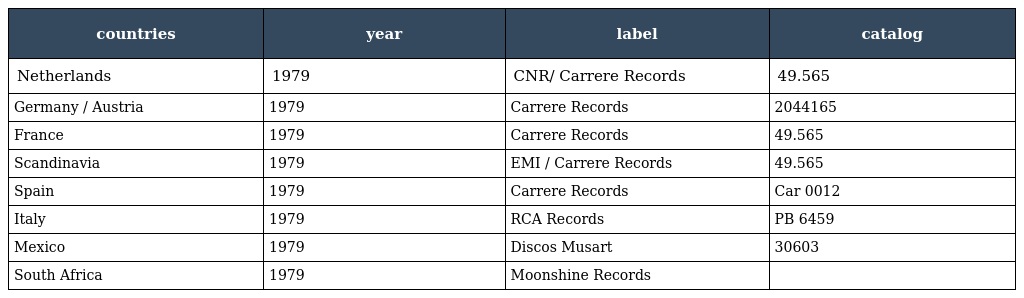
| countries | year | label | catalog |
 | --- | --- | --- | --- |
 | Netherlands | 1979 | CNR/ Carrere Records | 49.565 |
 | Germany / Austria | 1979 | Carrere Records | 2044165 |
 | France | 1979 | Carrere Records | 49.565 |
 | Scandinavia | 1979 | EMI / Carrere Records | 49.565 |
 | Spain | 1979 | Carrere Records | Car 0012 |
 | Italy | 1979 | RCA Records | PB 6459 |
 | Mexico | 1979 | Discos Musart | 30603 |
 | South Africa | 1979 | Moonshine Records |  |